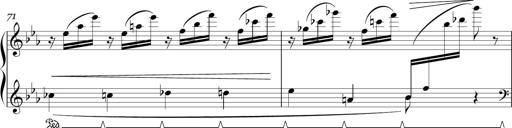
Title: Sonatina in E minor
Composer: Shuwen Zhang
Key: E minor